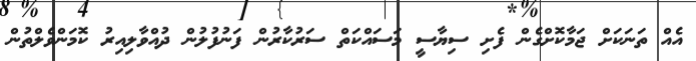
އެއް ތަނަކަށް ޖަމާކޮށްގެން ފެށި ސިޔާސީ މަސައްކަތް ސަރުކާރުން ފަނުފުލުން ދުއްވާލިއިރު ކޮމަންވެލްތުން